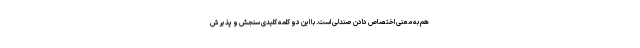
هم به معنی اختصاص دادن صندلی است. با این دو کلمه کلیدی سنجش و پذیرش